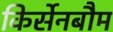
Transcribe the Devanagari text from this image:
किर्सेनबौम